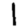
Digit: 1